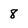
Character: 8